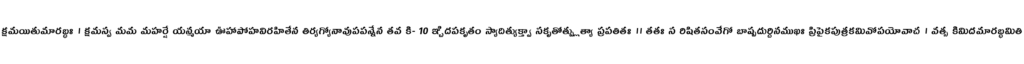
క్షమయితుమారబ్ధః । క్షమస్వ మమ మహర్షే యన్మయా ఊహాపోహవిరహితేన తిర్యగ్యోనావుపపన్నేన తవ కి- 10 ఞ్చిదపకృతం స్యాదిత్యుక్త్వా సకృతోత్ప్లుత్యా ప్రపతితః ॥ తతః స రిషితసంవేగో బాష్పదుర్దినముఖః ప్రిపైకపుత్రకమివోపయోవాచ । వత్స కిమిదమారబ్ధమితి